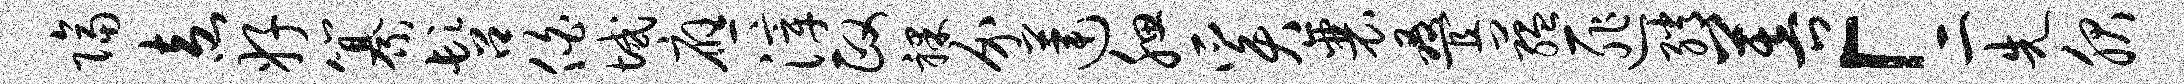
隔盍好纂髫伯域应滓政裸介莲腮奚襄叠蕴匪绡菩「二先服